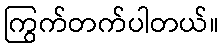
ကြွက်တက်ပါတယ်။